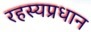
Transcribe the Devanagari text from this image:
रहस्यप्रधान